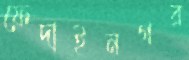
ফেদাইনগর